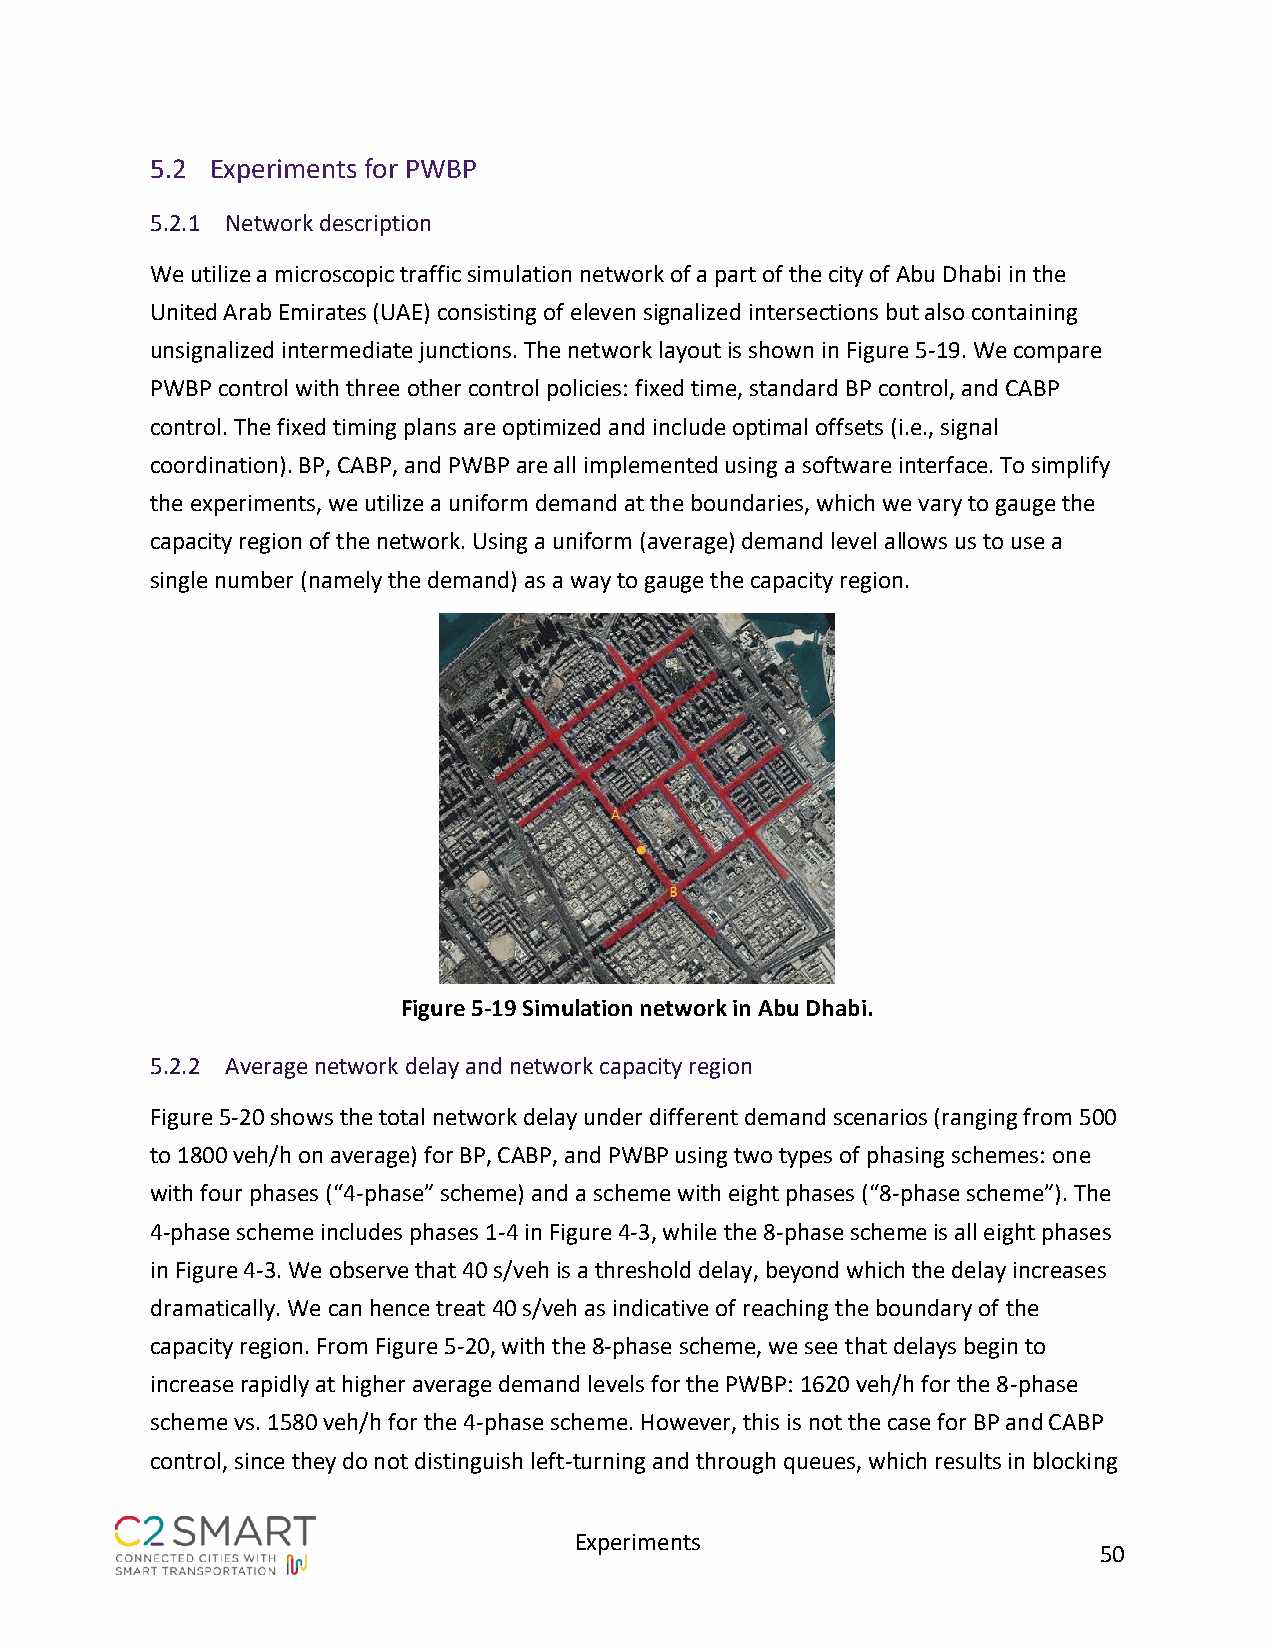
5.2 Experiments for PWBP
 5.2.1 Network description
 We utilize a microscopic traffic simulation network of a part of the city of Abu Dhabi in the
 United Arab Emirates (UAE) consisting of eleven signalized intersections but also containing
 unsignalized intermediate junctions. The network layout is shown in Figure 5-19. We compare
 PWBP control with three other control policies: fixed time, standard BP control, and CABP
 control. The fixed timing plans are optimized and include optimal offsets (i.e., signal
 coordination). BP, CABP, and PWBP are all implemented using a software interface. To simplify
 the experiments, we utilize a uniform demand at the boundaries, which we vary to gauge the
 capacity region of the network. Using a uniform (average) demand level allows us to use a
 single number (namely the demand) as a way to gauge the capacity region.
 Figure 5-19 Simulation network in Abu Dhabi.
 5.2.2 Average network delay and network capacity region
 Figure 5-20 shows the total network delay under different demand scenarios (ranging from 500
 to 1800 veh/h on average) for BP, CABP, and PWBP using two types of phasing schemes: one
 with four phases (“4-phase” scheme) and a scheme with eight phases (“8-phase scheme”). The
 4-phase scheme includes phases 1-4 in Figure 4-3, while the 8-phase scheme is all eight phases
 in Figure 4-3. We observe that 40 s/veh is a threshold delay, beyond which the delay increases
 dramatically. We can hence treat 40 s/veh as indicative of reaching the boundary of the
 capacity region. From Figure 5-20, with the 8-phase scheme, we see that delays begin to
 increase rapidly at higher average demand levels for the PWBP: 1620 veh/h for the 8-phase
 scheme vs. 1580 veh/h for the 4-phase scheme. However, this is not the case for BP and CABP
 control, since they do not distinguish left-turning and through queues, which results in blocking
 Experiments
 50